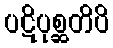
ပဋိပုစ္ဆတိပိ